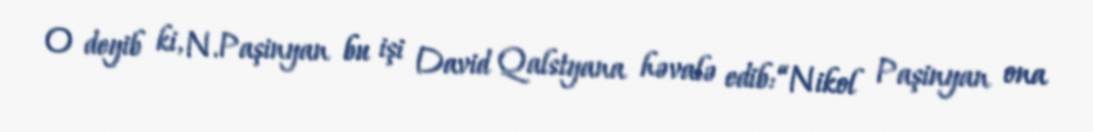
O deyib ki, N.Paşinyan bu işi David Qalstyana həvalə edib: “Nikol Paşinyan ona